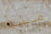
منذ